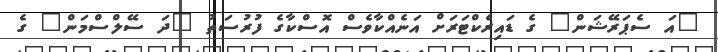
"އަ ސެޕަރޭޝަން" ގެ ޑައިރެކްޓަރަށް އަނެއްކާވެސް އޮސްކާގެ ފުރުސަތު "ދަ ސޭލްސްމަން" ގެ